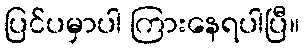
ပြင်ပမှာပါ ကြားနေရပါပြီ။